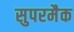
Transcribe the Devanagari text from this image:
सुपरमैक